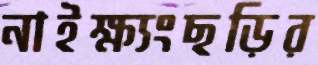
নাইক্ষ্যংছড়ির